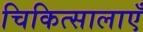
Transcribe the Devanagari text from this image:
चिकित्सालाएँ